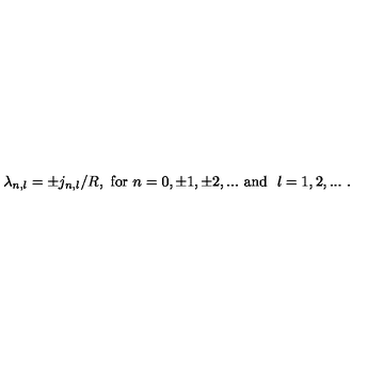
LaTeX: \lambda _ { n , l } = \pm j _ { n , l } / R , \ \mathrm { f o r \ } n = 0 , \pm 1 , \pm 2 , . . . \ \mathrm { a n d \ } \ \l = 1 , 2 , . . . \ .